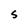
Character: S